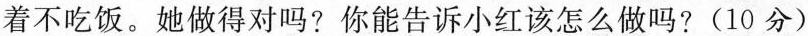
着不吃饭。她做得对吗? 你能告诉小红该怎么做吗? (10分)